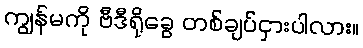
ကျွန်မကို ဗီဒီရိုခွေ တစ်ချပ်ငှားပါလား။